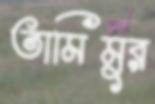
তামিমুর